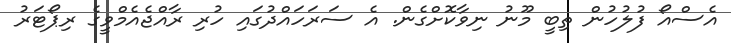
އެސްއޯ ފުލުހުން ތިބީ މޫނު ނިވާކޮށްގެން. އެ ސަރަހައްދުގައި ހުރި ރާއްޖެއެމްވީގެ ރިޕޯޓަރު